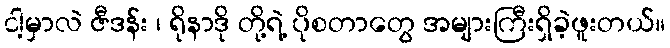
ငါ့မှာလဲ ဇီဒန်း ၊ ရိုနာဒို တို့ရဲ့ ပိုစတာတွေ အများကြီးရှိခဲ့ဖူးတယ်။